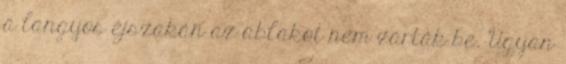
a langyos éjszakán az ablakot nem zárták be. Ugyan